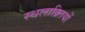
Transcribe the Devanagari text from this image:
स्थलाक्र्तियों